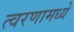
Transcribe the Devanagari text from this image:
त्वरणामध्ये